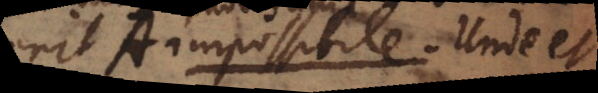
erit A impossibile. si A